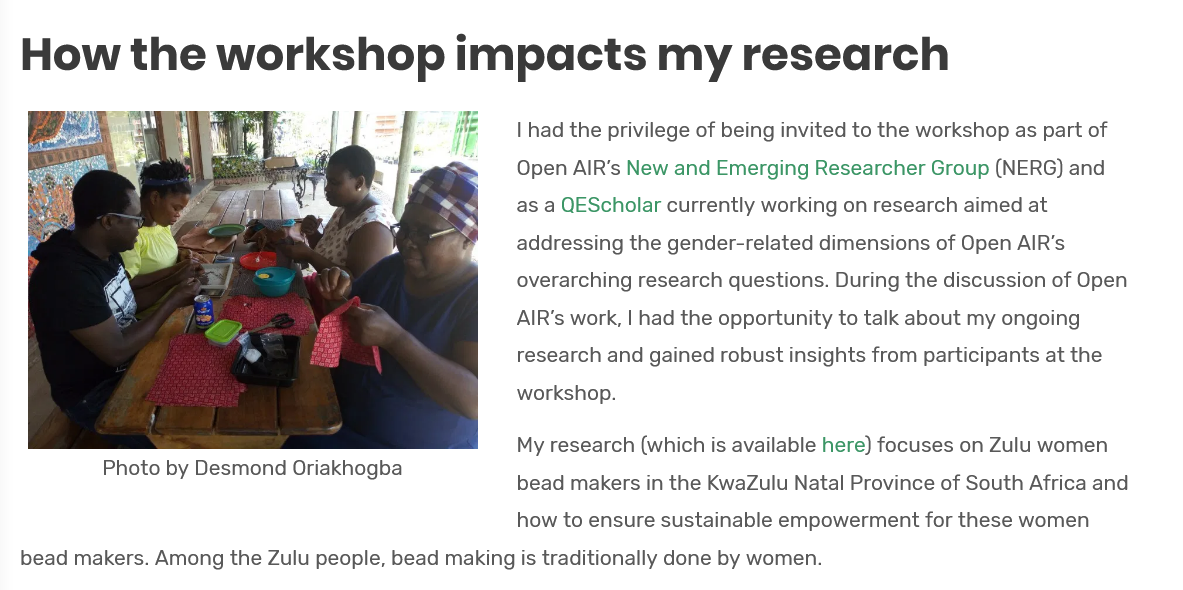
How    the    workshop    impacts    my    research
     Photo by Desmond Oriakhogba
     | had the privilege of being invited to the workshop as part of
     Open AIR’s New and Emerging Researcher Group (NERG) and
     as a QEScholar currently working on research aimed at
     addressing the gender-related dimensions of Open AIR’s
     overarching research questions. During the discussion of Open
     AIR's work, | had the opportunity to talk about my ongoing
     research and gained robust insights from participants at the
     workshop.

     My research (which is available here) focuses on Zulu women
     Photo by Desmond Oriakhogba
     bead makers in the KwaZulu Natal Province of South Africa and
     how to ensure sustainable empowerment for these women
  bead makers. Among the Zulu people, bead making is traditionally done by women.